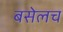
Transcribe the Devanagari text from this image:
बसेलच